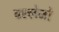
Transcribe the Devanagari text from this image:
वल्लेजो